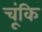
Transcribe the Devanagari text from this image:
चूंकि